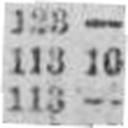
113 —